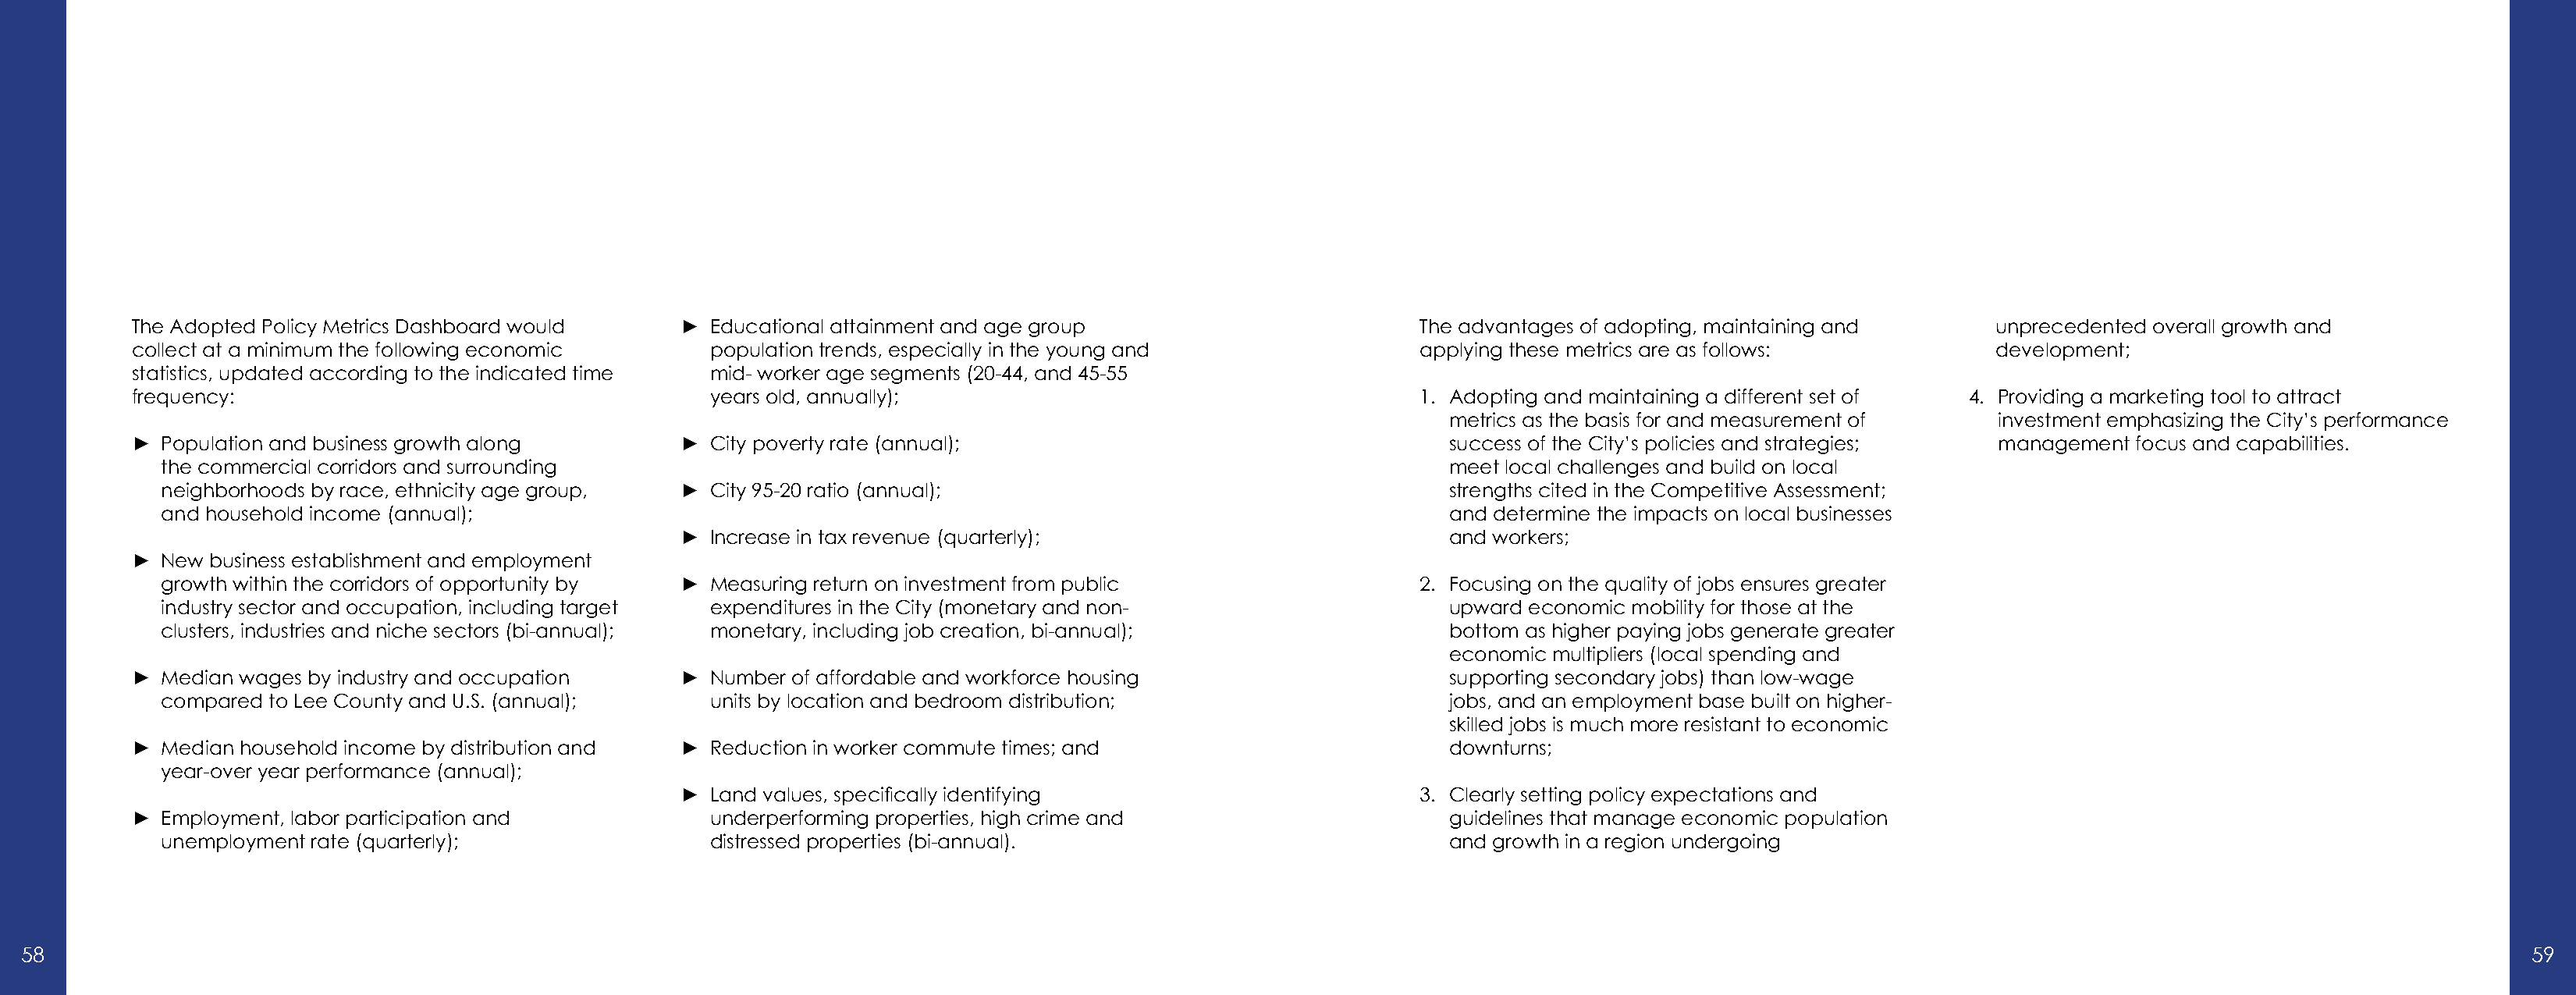
The Adopted Policy Metrics Dashboard would     ► Educational attainment and age group                        The advantages of adopting, maintaining and      unprecedented overall growth and
 collect at a minimum the following economic      population trends, especially in the young and              applying these metrics are as follows:           development;
 statistics, updated according to the indicated time mid- worker age segments (20-44, and 45-55
 frequency:                                       years old, annually);                                       1. Adopting and maintaining a different set of 4. Providing a marketing tool to attract
 metrics as the basis for and measurement of   investment emphasizing the City’s performance
 ►  Population and business growth along        ► City poverty rate (annual);                                    success of the City’s policies and strategies; management focus and capabilities.
 the commercial corridors and surrounding                                                                     meet local challenges and build on local
 neighborhoods by race, ethnicity age group, ► City 95-20 ratio (annual);                                     strengths cited in the Competitive Assessment;
 and household income (annual);                                                                               and determine the impacts on local businesses
 ► Increase in tax revenue (quarterly);                           and workers;
 ►  New business establishment and employment
 growth within the corridors of opportunity by ► Measuring return on investment from public                2. Focusing on the quality of jobs ensures greater
 industry sector and occupation, including target expenditures in the City (monetary and non-                 upward economic mobility for those at the
 clusters, industries and niche sectors (bi-annual); monetary, including job creation, bi-annual);            bottom as higher paying jobs generate greater
 economic multipliers (local spending and
 ►  Median wages by industry and occupation     ► Number of affordable and workforce housing                     supporting secondary jobs) than low-wage
 compared to Lee County and U.S. (annual);     units by location and bedroom distribution;                    jobs, and an employment base built on higher-
 skilled jobs is much more resistant to economic
 ►  Median household income by distribution and ► Reduction in worker commute times; and                         downturns;
 year-over year performance (annual);
 ► Land values, specifically identifying                       3. Clearly setting policy expectations and
 ►  Employment, labor participation and           underperforming properties, high crime and                     guidelines that manage economic population
 unemployment rate (quarterly);                distressed properties (bi-annual).                             and growth in a region undergoing
 58                                                                                                                                                                                                                   59